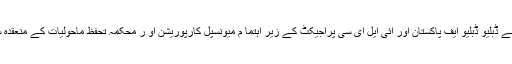
ان خیالات کا اظہار مئیر تو حید اختر نے ڈبلیو ڈبلیو ایف پاکستان اور آئی ایل ای سی پراجیکٹ کے زیر اہتما م میونسپل کارپوریشن او ر محکمہ تحفظ ماحولیات کے منعقدہ سیمینار سے خطا ب کرتے ہو ئے کیا۔